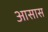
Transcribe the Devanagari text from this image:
आसास